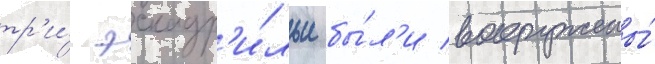
тр'и́ эскадр'и́льи бы́л'и вооружены́